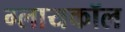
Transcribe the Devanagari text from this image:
ग्लायकॉल